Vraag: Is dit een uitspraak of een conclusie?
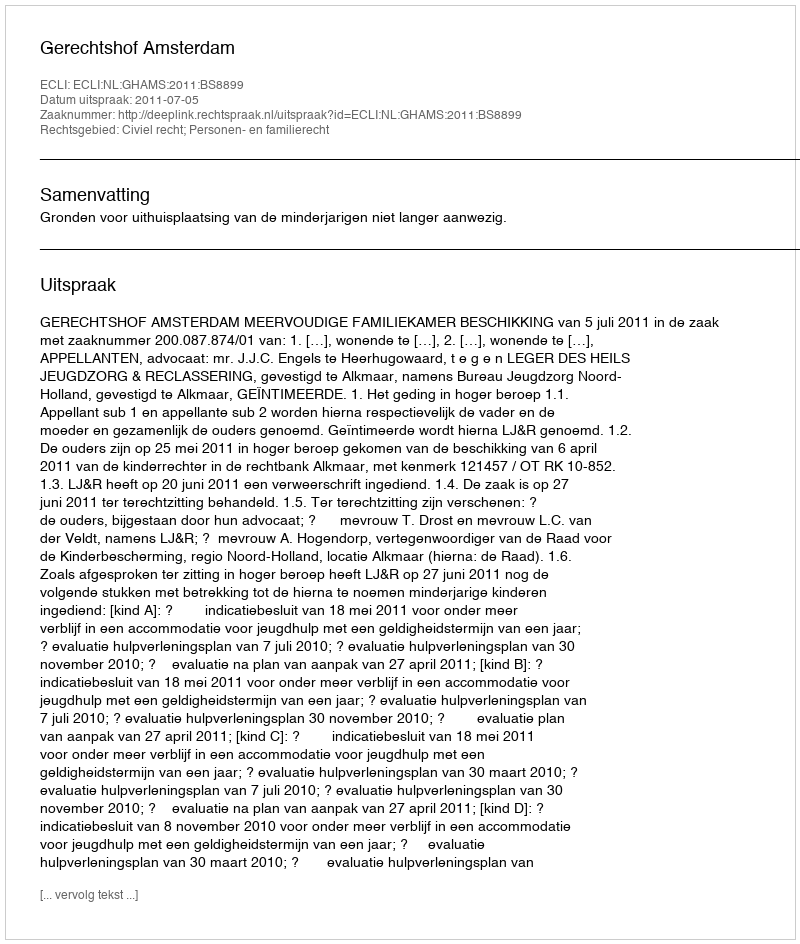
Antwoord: Uitspraak